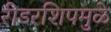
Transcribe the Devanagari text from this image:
रीडरशिपमुळे